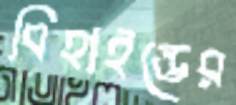
বিহাইন্ডের